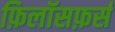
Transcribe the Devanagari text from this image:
फ़िलॉसफ़र्स